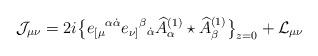
LaTeX: \begin{align*}\mathcal{J}_{\mu\nu} = 2i\big\{e_{[\mu}{}^{\alpha\dot\alpha} e_{\nu]}{}^\beta{}_{\dot\alpha} \widehat A^{(1)}_\alpha\star \widehat A^{(1)}_\beta \big\}_{z=0} + \mathcal{L}_{\mu\nu}\end{align*}